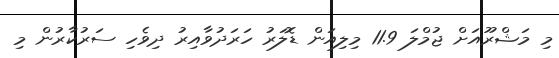
މި މަޝްރޫއަށް ޖުމްލަ 11.9 މިލިއަން ޑޮލަރު ހަރަދުވާއިރު ދިވެހި ސަރުކާރުން މި